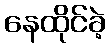
နေထိုင်ခဲ့